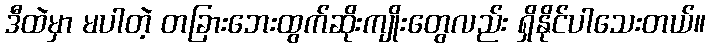
ဒီထဲမှာ မပါတဲ့ တခြားဘေးထွက်ဆိုးကျိုးတွေလည်း ရှိနိုင်ပါသေးတယ်။